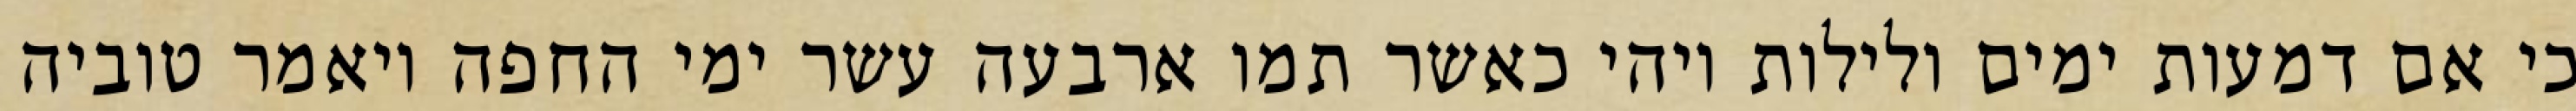
כי אם דמעות ימים ולילות ויהי כאשר תמו ארבעה עשר ימי החפה ויאמר טוביה